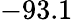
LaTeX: -93.1